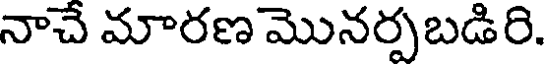
నాచే మారణ మొనర్పబడిరి.